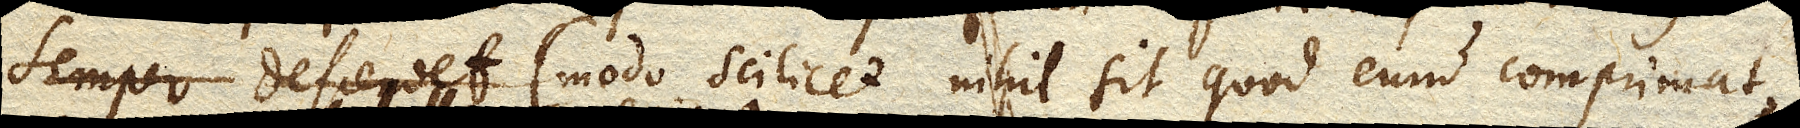
(modo scilicet nihil sit quod eum comprimat,)